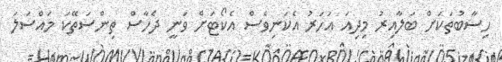
ހިސާބުތަކަށް ބަލާއިރު މިދިއަ އަހަރު އެކަނިވެސް އެކޯޓަށް ވަނީ ދެހާސް ތިންސަތޭކަ މައްސަލަ